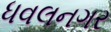
ધવલનગર